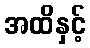
အထိနှင့်